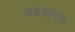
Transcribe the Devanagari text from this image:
संवताच्या